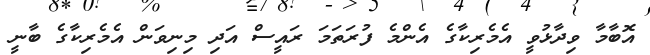
އޮބާމާ ވިދާޅުވީ އެމެރިކާގެ އެންމެ ފުރަތަމަ ރައީސް އަދި މިނިވަން އެމެރިކާގެ ބާނީ